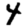
Digit: 4